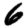
Digit: 6